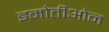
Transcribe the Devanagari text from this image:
इमोतीओन